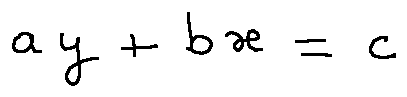
a y + b x = c